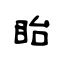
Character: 眙